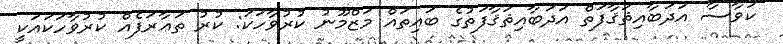
ކަވާސާ އަދަބާއިޘަޤާފަތް އަދަބާއިޘަޤާފަތުގެ ބައިތައް މަޒްމޫނު ކުރުވާހަކަ: ކުރު ތަޢާރަފެއް ކުރުވާހަކައަކީ